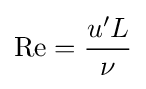
\mathrm {Re} ={\frac {u'L}{\nu }}